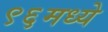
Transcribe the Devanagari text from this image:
९६मध्ये